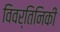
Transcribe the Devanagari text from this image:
विवर्तिनिकी